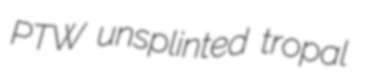
PTW unsplinted tropal